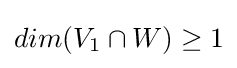
{\textstyle dim(V_{1}\cap W)\geq 1}